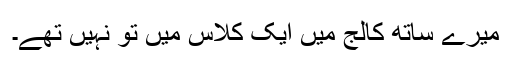
میرے ساتھ کالج میں ایک کلاس میں تو نہیں تھے۔